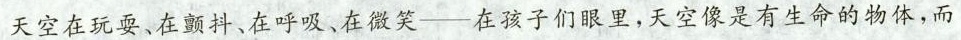
天空在玩耍、在颤抖、在呼吸、在微笑-在孩子们眼里，天空像是有生命的物体，而